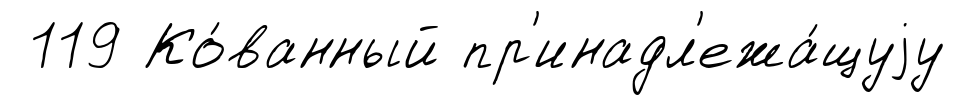
119 Ко́ванный пр'инадл'ежа́щуjу